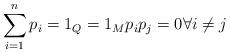
LaTeX: \begin{align*}\sum_{i=1}^n p_{i}=1_{Q}=1_{M} p_i p_j = 0 \forall i \neq j\end{align*}